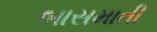
બાસમાતી